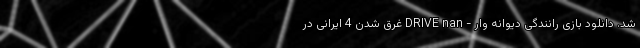
شد. دانلود بازی رانندگی دیوانه وار - DRIVE nan غرق شدن 4 ایرانی در